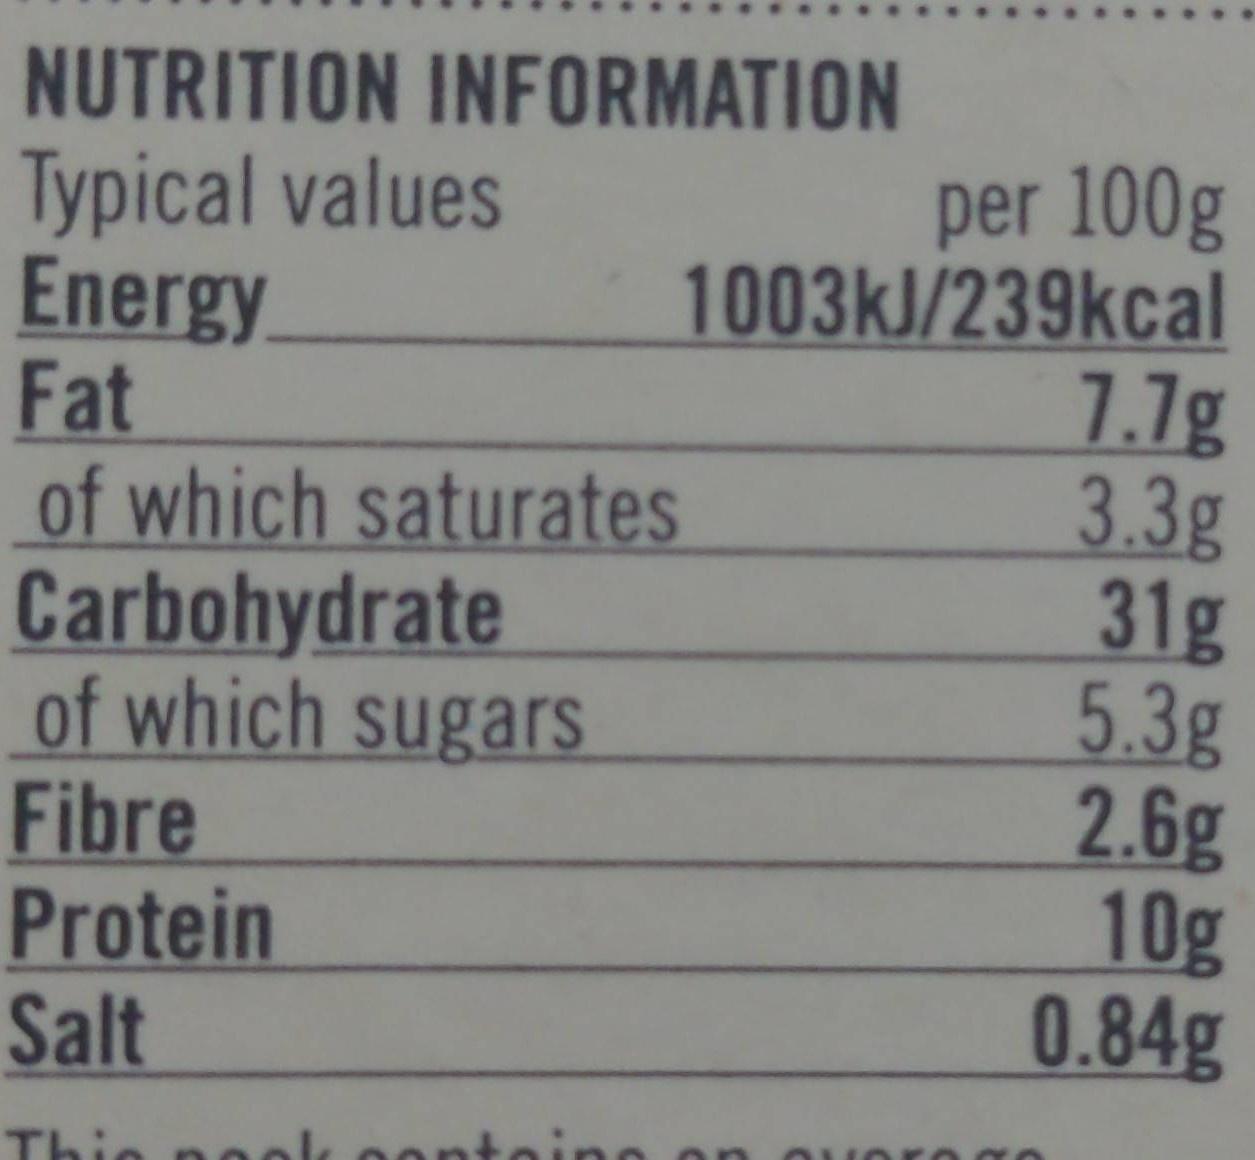
NUTRITION INFORMATION Typical values Energy Fat of which saturates Carbohydrate of which sugars Fibre Protein Salt
per 100g 1003KJ/239kcal 7.7g 3.3g 31g 5.3g 2.6g 10g 0.84g
Thie no